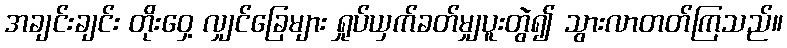
အချင်းချင်း တိုးဝှေ့ လျှင်ခြေများ ရှုပ်ယှက်ခတ်မျှပူးတွဲ၍ သွားလာတတ်ကြသည်။